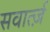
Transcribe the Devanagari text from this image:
सवार्त्ज़